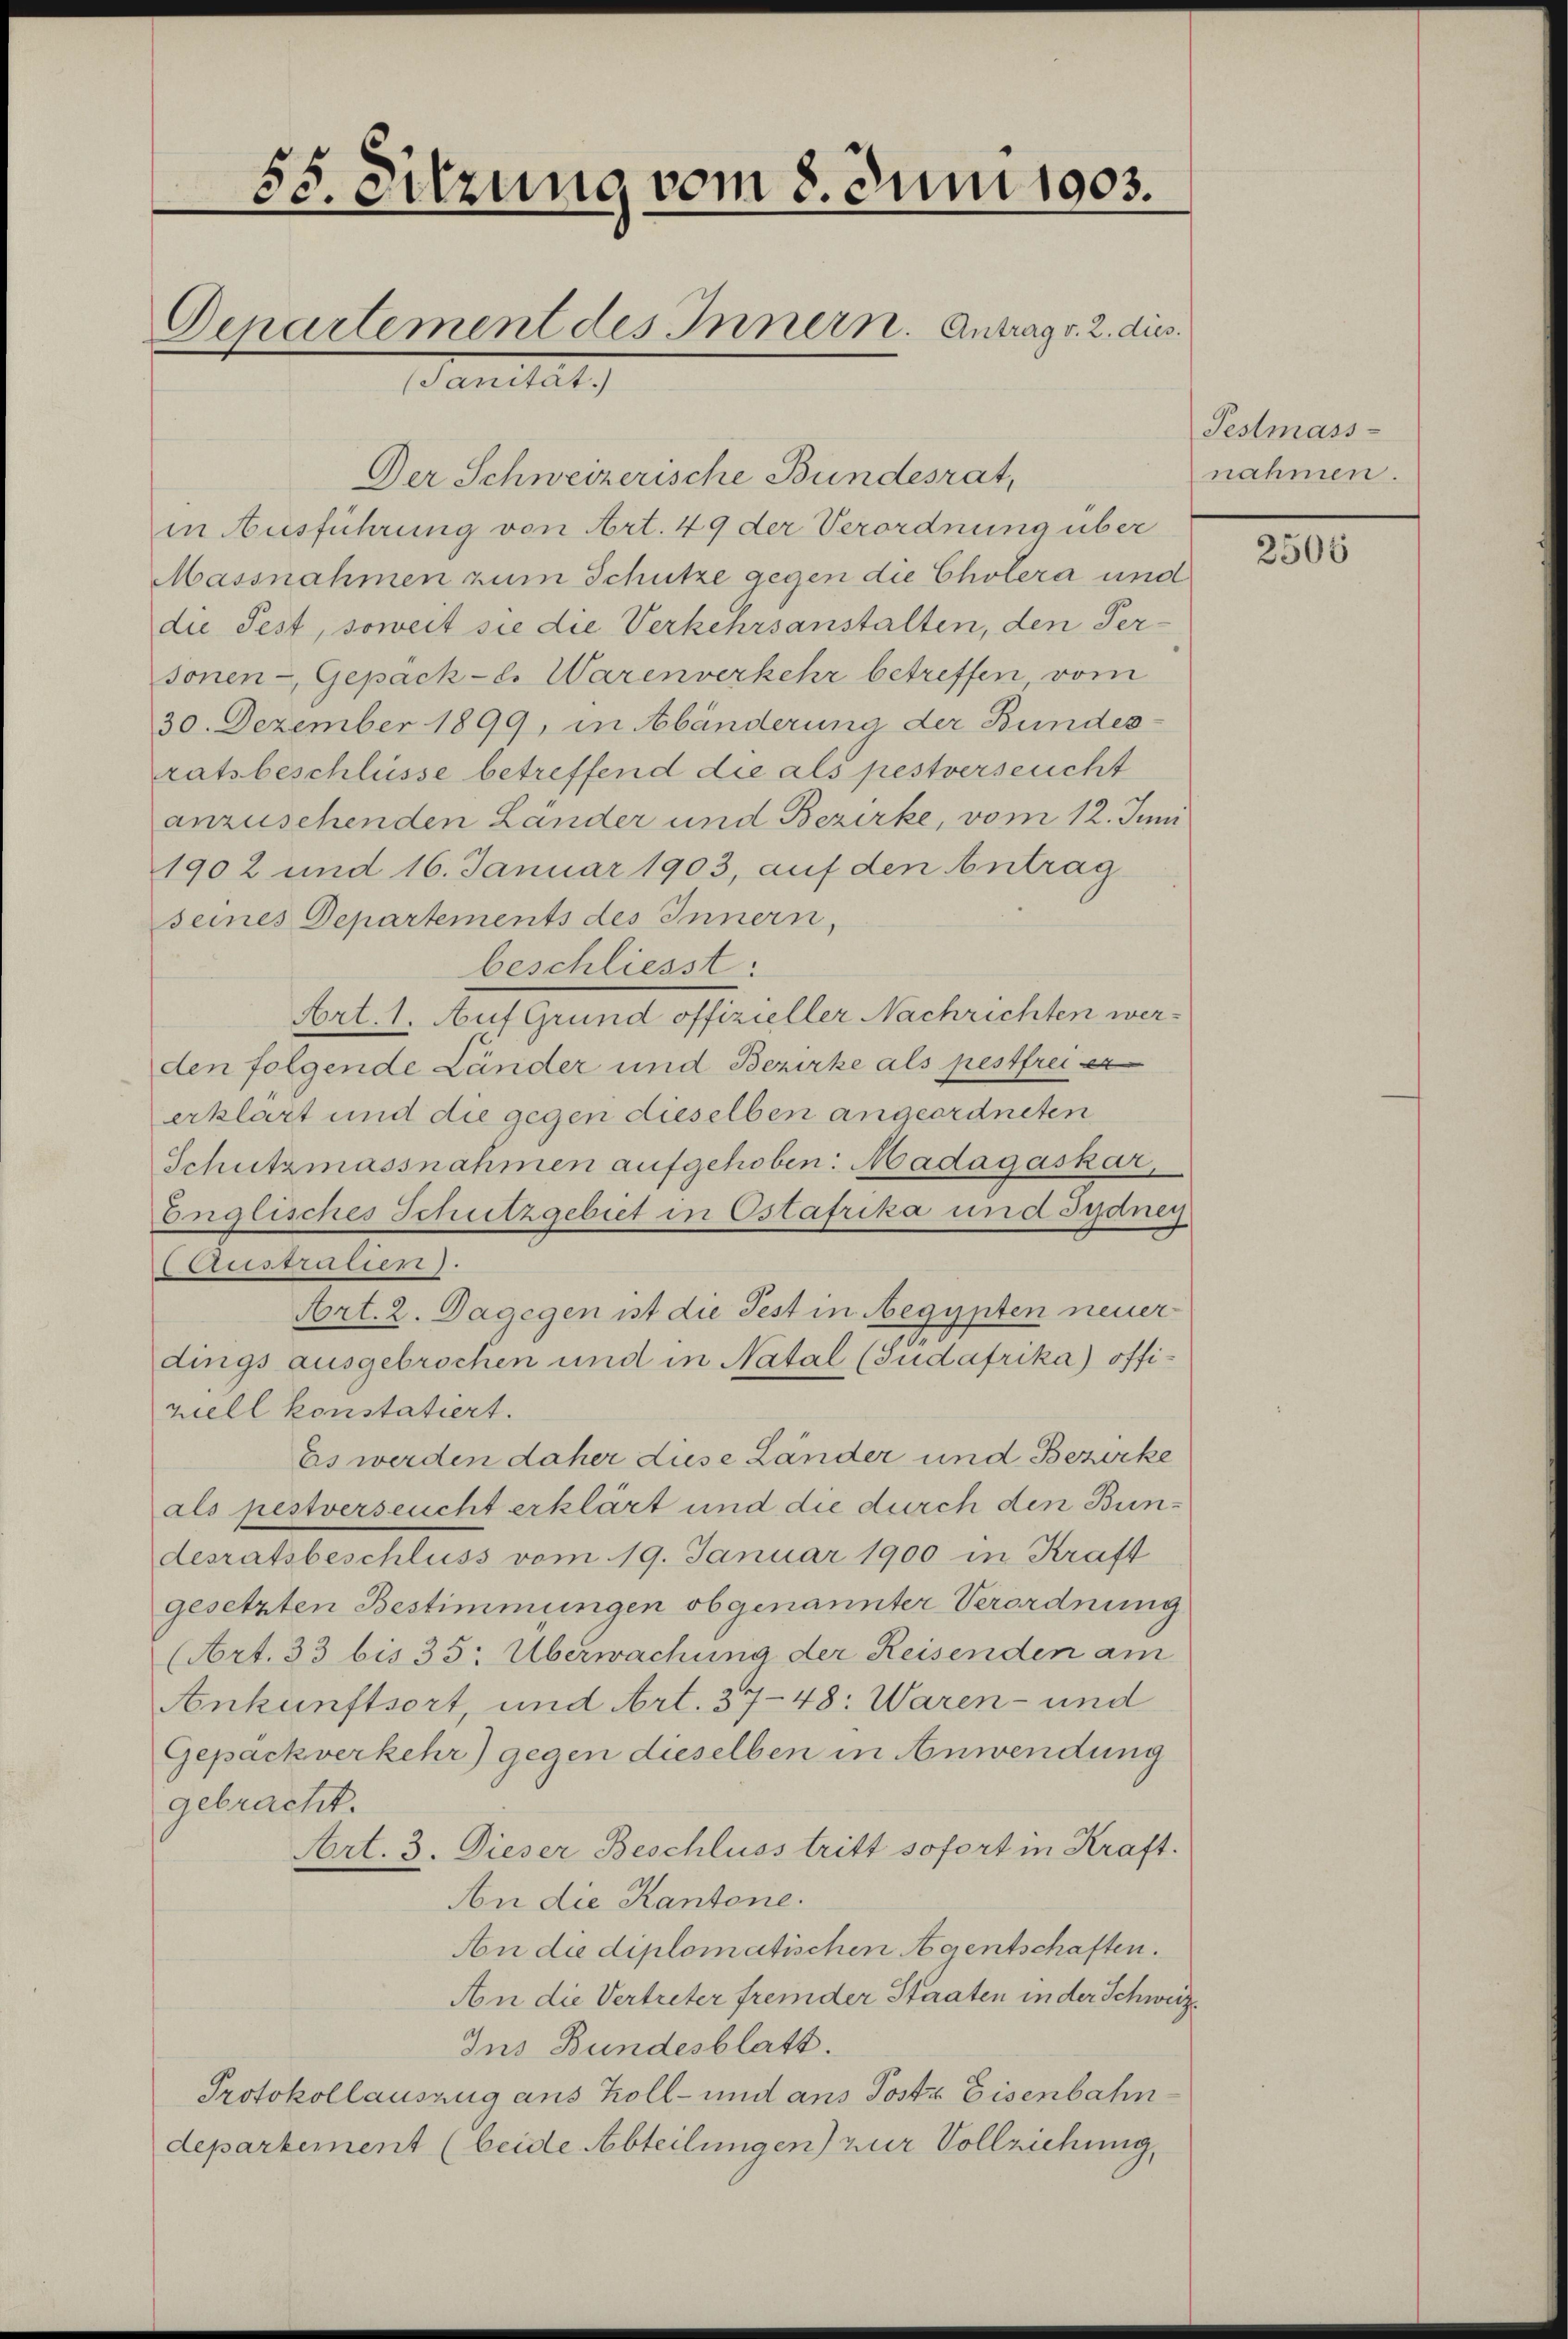
55. Sitzung vom 8. Juni 1903.
Departement des Innern. Antrag v. 2. dies
Sanitat.)

Der Schweizerische Bundesrat,
in Ausführung von Art. 49 der Verordnung über
Massnahmen zum Schutze gegen die Cholera und
die Fest, soweit sie die Verkehrsanstalten, den Per-
sonen - Gepack-C. Warenverkehr betreffen, vom
30. Dezember 1899, in Abänderung der Bundesratsbeschlüsse betreffend die als pestverseucht
anzusehenden Länder und Bezirke, vom 12. Juni
1902 und 16. Januar 1903, auf den Antrag
seines Departements des Innern,
beschliesst:
Art. 1. Auf Grund offizieller Nachrichten werden folgende Länder und Bezirke als pestfrei er
erklärt und die gegen dieselben angeordneten
Schutzmassnahmen aufgehoben: Madagaskar,
Englisches Schutzgebiet in Ostafrika und Sydney
Celustralien).
Art. 2. Dagegen ist die Fest in Aegypten neuer
.
dings ausgebrochen und in Natal (Judafrika) offiziell konstatiert.
Es werden daher diese Länder und Bezirke
als pestverseucht erklärt und die durch den Bundesratsbeschluss vom 19. Januar 1900 in Kraft
gesetzten Bestimmungen obgenannter Verordnung
(Art. 33 bis 35: Überwachung der Reisenden am
Ankunftsort, und Art. 37-48: Waren- und
Gepack verkehr) gegen dieselben in Anwendung
gebracht.
Art. 3. Dieser Beschluss tritt sofort in Kraft.
An die Kantone.
An die diplomatischen Agentschaften.
An die Vertreter fremder Staaten in der Schweiz
Ins Bundesblatt.
Protokollauszug ans Koll- und aus Postr Eisenbahn
departement (beide Abteilungen) zur Vollziehung,

Festmass-
nahmen.

2506